Report of the King Institute of Preventive Medicine, Guindy
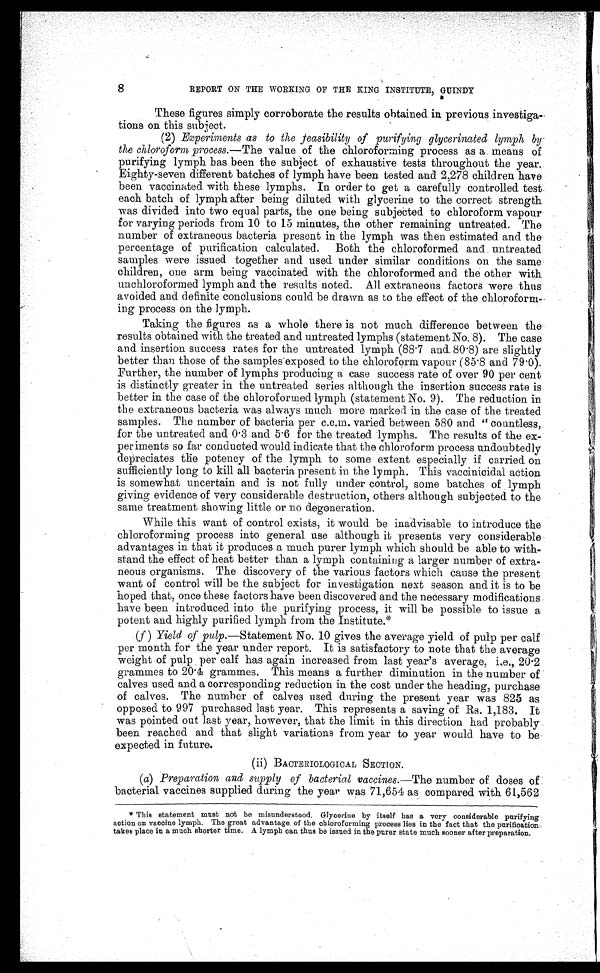
8
REPORT ON THE WORKING OF THE KING INSTITUTE, GUINDY
These figures simply corroborate the results obtained in previous investiga-
tions on this subjects.
(2) Experiments as to the feasibility of purifying glycerinated lymph by
the chloroform process. —The value of the chloroforming process as a means of
purifying lymph has been the subject of exhaustive tests throughout the year.
Eighty-seven different batches of lymph have been tested and 2,278 children have
been vaccinated with these lymphs. In order to get a carefully controlled test
each batch of lymph after being diluted with glycerine to the correct strength
was divided into two equal parts, the one being subjected to chloroform vapour
for varying periods from 10 to 15 minutes, the other remaining untreated. The
number of extraneous bacteria present in the lymph was then estimated and the
percentage of purification calculated. Both the chloroformed and untreated
samples were issued together and used under similar conditions on the same
children, one arm being vaccinated with the chloroformed and the other with
unchloroformed lymph and the results noted. All extraneous factors were thus
avoided and definite conclusions could be drawn as to the effect of the chloroform-
ing process on the lymph.
Taking the figures as a whole there is not much difference between the
results obtained with the treated and untreated lymphs (statement No. 8). The case
and insertion success rates for the untreated lymph (88 . 7 and. 80 . 8) are slightly
better than those of the samples exposed to the chloroform vapour (85 . 8 and 79.0).
Further, the number of lymphs producing a case success rate of over 90 per cent
is distinctly greater in the untreated series although the insertion success rate is
better in the case of the chloroformed lymph (statement No. 9). The reduction in
the extraneous bacteria was always much more marked in the case of the treated
samples. The number of bacteria per c.c.m. varied between 580 and “countless,
for the untreated and 0 . 3 and 5 . 6 for the treated lymphs. The results of the ex-
periments so far conducted would indicate that the chloroform process undoubtedly
depreciates the potency of the lymph to some extent especially if carried on
sufficiently long to kill all bacteria present in the lymph. This vaccinicidal action
is somewhat uncertain and is not fully under control, some batches of lymph
giving evidence of very considerable destruction, others although subjected to the
same treatment showing little or no degeneration.
While this want of control exists, it would be inadvisable to introduce the
chloroforming process into general use although it presents very considerable
advantages in that it produces a much purer lymph which should be able to with-
stand the effect of heat better than a lymph containing a larger number of extra-
neous organisms, The discovery of the various factors which cause the present
want of control will be the subject for investigation next season and it is to be
hoped that, once these factors have been discovered and the necessary modifications
have been introduced into the purifying process, it will be possible to issue a
potent and highly purified lymph from the Institute.*
(f ) Yield of pulp .—Statement No. 10 gives the average yield of pulp per calf
per month for the year under report. It is satisfactory to note that the average
weight of pulp per calf has again increased from last year's average, i.e., 20.2
grammes to 20.4 grammes. This means a further diminution in the number of
calves used and a corresponding reduction in the cost under the heading, purchase
of calves. The number of calves used during the present year was 825 as
opposed to 997 purchased last year. This represents a saving of Rs. 1,183. It
was pointed out last year, however, that the limit in this direction had probably
been reached and that slight variations from year to year would have to be
expected in future.
(ii) BACTERIOLOGICAL SECTION.
(a) Preparation and supply of bacterial vaccines.—The number of doses of
bacterial vaccines supplied during the year was 71,654 as compared with 61,562
* This statement must not be misunderstood. Glycerine by itself has a very considerable purifying
action on vaccine lymph. The great advantage of the chloroforming process lies in the fact that the purification
takes place in a much shorter time. A lymph can thus be issued in the purer state much sooner after preparation.